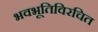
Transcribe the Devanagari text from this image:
भवभूतिविरचित